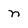
Character: n